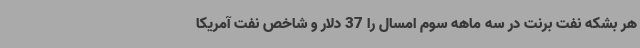
هر بشکه نفت برنت در سه ماهه سوم امسال را 37 دلار و شاخص نفت آمریکا